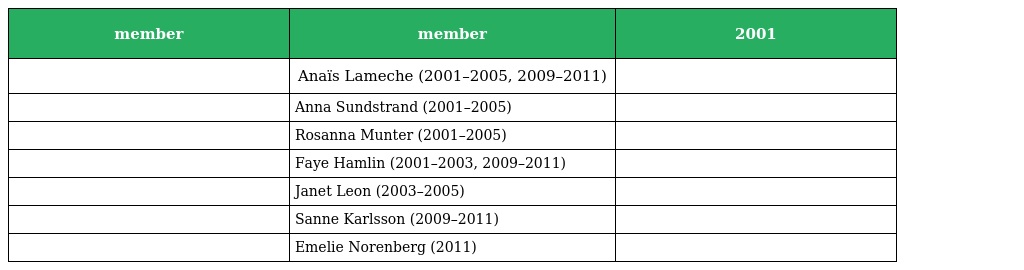
| member | member | 2001 |
 | --- | --- | --- |
 |  | Anaïs Lameche (2001–2005, 2009–2011) |  |
 |  | Anna Sundstrand (2001–2005) |  |
 |  | Rosanna Munter (2001–2005) |  |
 |  | Faye Hamlin (2001–2003, 2009–2011) |  |
 |  | Janet Leon (2003–2005) |  |
 |  | Sanne Karlsson (2009–2011) |  |
 |  | Emelie Norenberg (2011) |  |